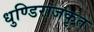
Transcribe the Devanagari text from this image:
धुण्डिराजकृत